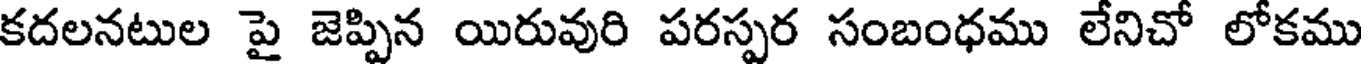
కదలనటుల పై జెప్పిన యిరువురి పరస్పర సంబంధము లేనిచో లోకము